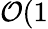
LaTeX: \mathcal{O}(1